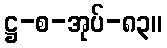
ဋ္ဌ-စ-အုပ်-၈၃။